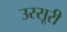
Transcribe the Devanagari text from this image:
उस्सूरी